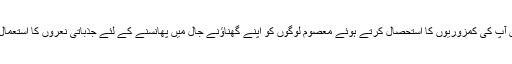
دشمن قوتیں آپ کی کمزوریوں کا استحصال کرتے ہوئے معصوم لوگوں کو اپنے گھناؤنے جال میں پھانسنے کے لئے جذباتی نعروں کا استعمال کرتی ہیں۔